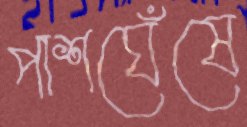
পাশঘেঁষে